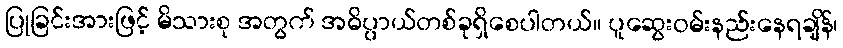
ပြုခြင်းအားဖြင့် မိသားစု အတွက် အဓိပ္ပာယ်တစ်ခုရှိစေပါတယ်။ ပူဆွေးဝမ်းနည်းနေရချိန်၊